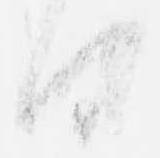
日